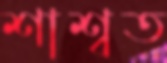
শাশ্বত